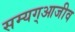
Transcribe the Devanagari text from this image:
सम्यग्आजीव